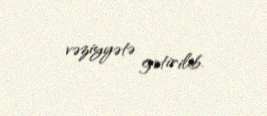
vəziyyətə gətirilib.